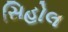
સિહોલ